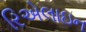
રિએલાઇન